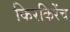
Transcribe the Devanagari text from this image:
किरकिरेंच